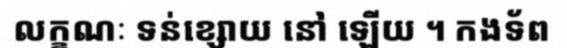
លក្ខណៈ ទន់ខ្សោយ នៅ ឡើយ ។ កងទ័ព